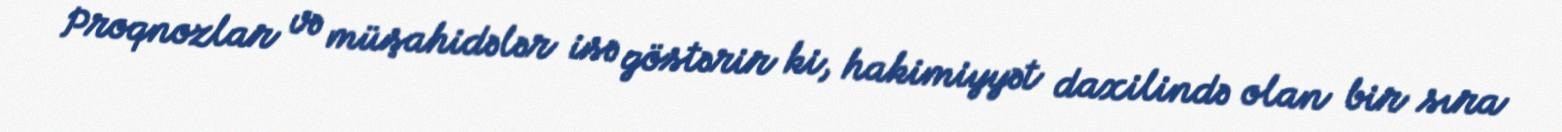
Proqnozlar və müşahidələr isə göstərir ki, hakimiyyət daxilində olan bir sıra